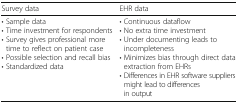
<table><thead><tr><td><b>Survey data</b></td><td><b>EHR data</b></td></tr></thead><tbody><tr><td>• Sample data• Time investment for respondents• Survey gives professional more time to reflect on patient case• Possible selection and recall bias• Standardized data</td><td>• Continuous dataflow• No extra time investment• Under documenting leads to incompleteness• Minimizes bias through direct data extraction from EHRs• Differences in EHR software suppliers might lead to differences in output</td></tr></tbody></table>